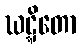
ဃဋ္ဋိတော